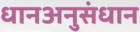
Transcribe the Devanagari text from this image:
धानअनुसंधान